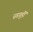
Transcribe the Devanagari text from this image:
स्वगृहीं